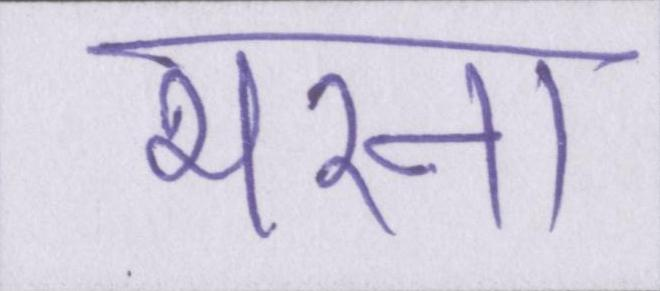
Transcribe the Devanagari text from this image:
भरना